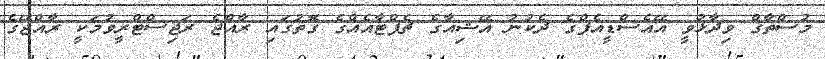
މުސްތާގް ވިދާޅުވީ އޭއެސްޑީއެފްގެ ދެކުނު އޭޝިއާގެ ޗެޕްޓާއެއްގެ ގޮތުގައި ރާއްޖެ ރަޖިސްޓްރީވުމަކީ ރާއްޖޭގެ